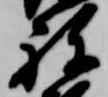
祢